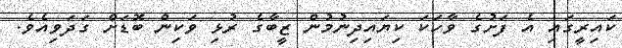
ކައިރީގައި އެ ފަށުގެ ވާހަކަ ކިޔައިދިނުމުން ޒީބާގެ ރުޅި ވަކިން ބޮޑަށް ގަދަވިއެވެ.